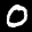
Label: 0